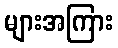
များအကြား